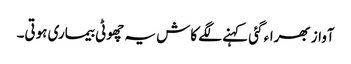
آواز بھراء گئی کہنے لگے کاش یہ چھوٹی بیماری ہوتی۔